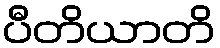
ပီတိယာတိ